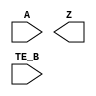
module sky130_fd_sc_hd__einvn (
    //# {{data|Data Signals}}
    input  A   ,
    output Z   ,

    //# {{control|Control Signals}}
    input  TE_B
);

    // Voltage supply signals
    supply1 VPWR;
    supply0 VGND;
    supply1 VPB ;
    supply0 VNB ;

endmodule